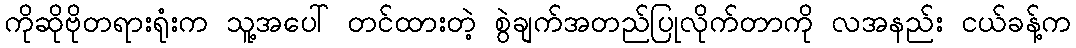
ကိုဆိုဗိုတရားရုံးက သူ့အပေါ် တင်ထားတဲ့ စွဲချက်အတည်ပြုလိုက်တာကို လအနည်း ငယ်ခန့်က